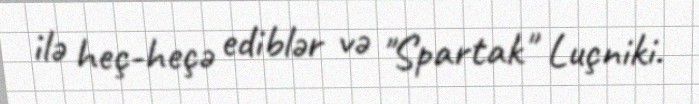
ilə heç-heçə ediblər və "Spartak" Luçniki.